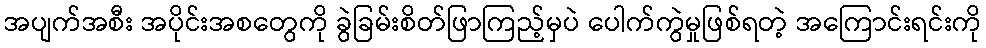
အပျက်အစီး အပိုင်းအစတွေကို ခွဲခြမ်းစိတ်ဖြာကြည့်မှပဲ ပေါက်ကွဲမှုဖြစ်ရတဲ့ အကြောင်းရင်းကို